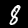
Digit: 8